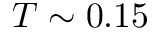
T \sim 0 . 1 5